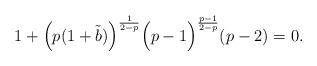
LaTeX: \begin{align*}1+\Big(p(1+\tilde{b})\Big)^{\frac{1}{2-p}}\Big(p-1\Big)^{\frac{p-1}{2-p}}(p-2)=0.\end{align*}